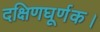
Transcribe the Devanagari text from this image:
दक्षिणघूर्णक।